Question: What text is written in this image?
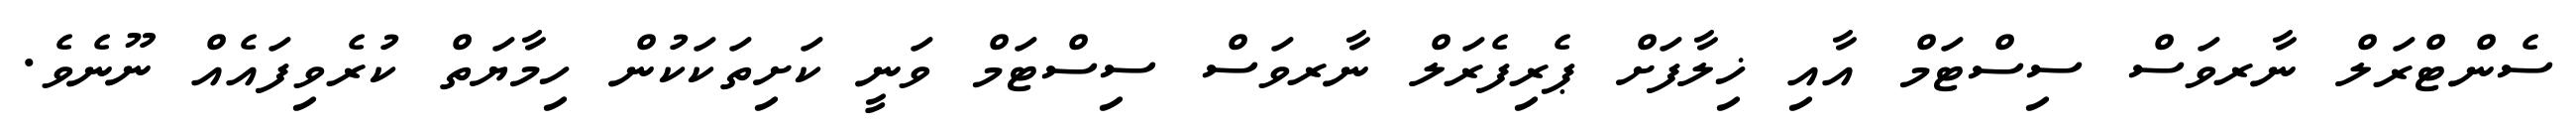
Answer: ސެންޓްރަލް ނާރވަސް ސިސްޓަމް އާއި ޚިލާފަށް ޕެރިފެރަލް ނާރވަސް ސިސްޓަމް ވަނީ ކަށިތަކަކުން ހިމާޔަތް ކުރެވިފައެއް ނޫނެވެ.